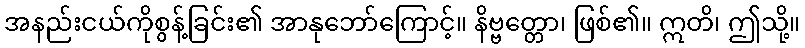
အနည်းငယ်ကိုစွန့်ခြင်း၏ အာနုဘော်ကြောင့်။ နိဗ္ဗတ္တော၊ ဖြစ်၏။ ဣတိ၊ ဤသို့။